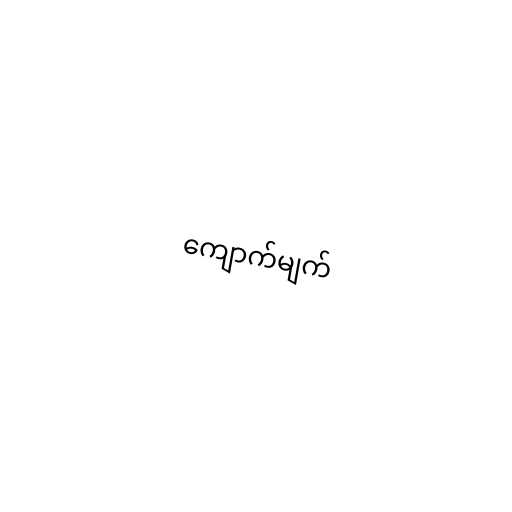
ကျောက်မျက်